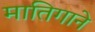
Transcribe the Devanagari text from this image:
मातिगाने